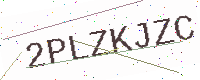
Text: 2PLZKJZC